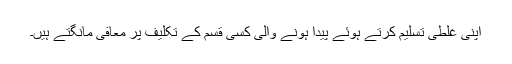
اپنی غلطی تسلیم کرتے ہوئے پیدا ہونے والی کسی قسم کے تکلیف پر معافی مانگتے ہیں۔